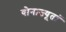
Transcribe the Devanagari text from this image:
वोनाज्यूतां